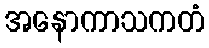
အနောကာသကတံ